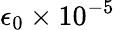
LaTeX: \epsilon_{0}\times 10^{-5}